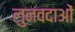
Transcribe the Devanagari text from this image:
लुनवदाओं